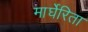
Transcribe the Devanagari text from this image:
मार्घेरिता